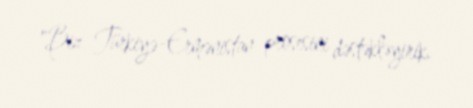
"Biz Türkiyə-Ermənistan prosesini dəstəkləyirik.